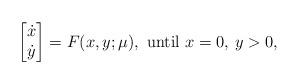
LaTeX: \begin{align*}\begin{bmatrix} \dot{x} \\ \dot{y} \end{bmatrix} = F(x,y;\mu), {\rm ~until~} x=0,\, y>0,\end{align*}